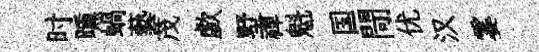
时曛蝸藝茂歔墅禪魁国閜优汉霎